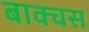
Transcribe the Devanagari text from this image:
बाक्चस